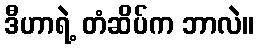
ဒီဟာရဲ့ တံဆိပ်က ဘာလဲ။